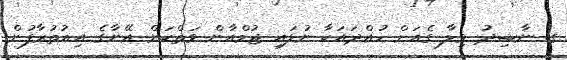
ގ. ނާޝިދު ވިލާ ގެއަށް ހުއްދައަކާ ނުލައި ޖުމްއާން ވަތްކަން އޭނާގެ އިއުތުރާފުން